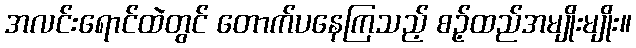
အလင်းရောင်ထဲတွင် တောက်ပနေကြသည့် စဉ့်ထည်အမျိုးမျိုး။